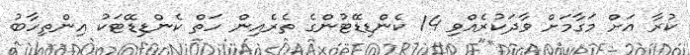
ކުރާ އަށް މަގާމަށް ވާދަކުރެއްވި 14 ކެންޑިޑޭޓުންގެ ތެރެއިން ހަތް ކެންޑިޑޭޓަކު އިންތިހާބު